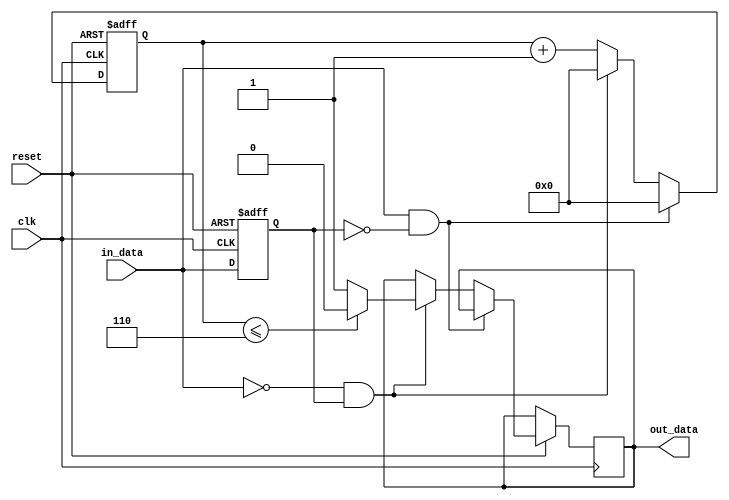
module demodulate(reset, in_data, out_data, clk);
	input in_data, clk;
	input reset;
	output reg out_data;
	reg in_data_before;
	reg [4:0] count;

	initial begin
		out_data <= 0;
		in_data_before <= 0;
		count <= 0;
	end

	always @(posedge clk or negedge reset) begin
	if(~reset) begin
		in_data_before <= 0;
		count <= 0;
	end
	else begin
		if (in_data == 1 && in_data_before == 0) begin
			count <= 0;
		end
		else if (in_data == 0 && in_data_before == 1) begin
			out_data <= (count <= 5'b00110) ? 0 : 1;
			count <= 0;
		end
		else begin
			count <= count + 1;
		end
		in_data_before <= in_data;
	end
	end
endmodule